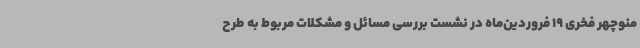
منوچهر فخری 19 فروردین‌ماه در نشست بررسی مسائل و مشکلات مربوط به طرح